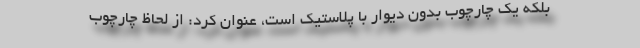
بلکه یک چارچوب بدون دیوار با پلاستیک است، عنوان کرد: از لحاظ چارچوب